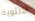
الأنثوية